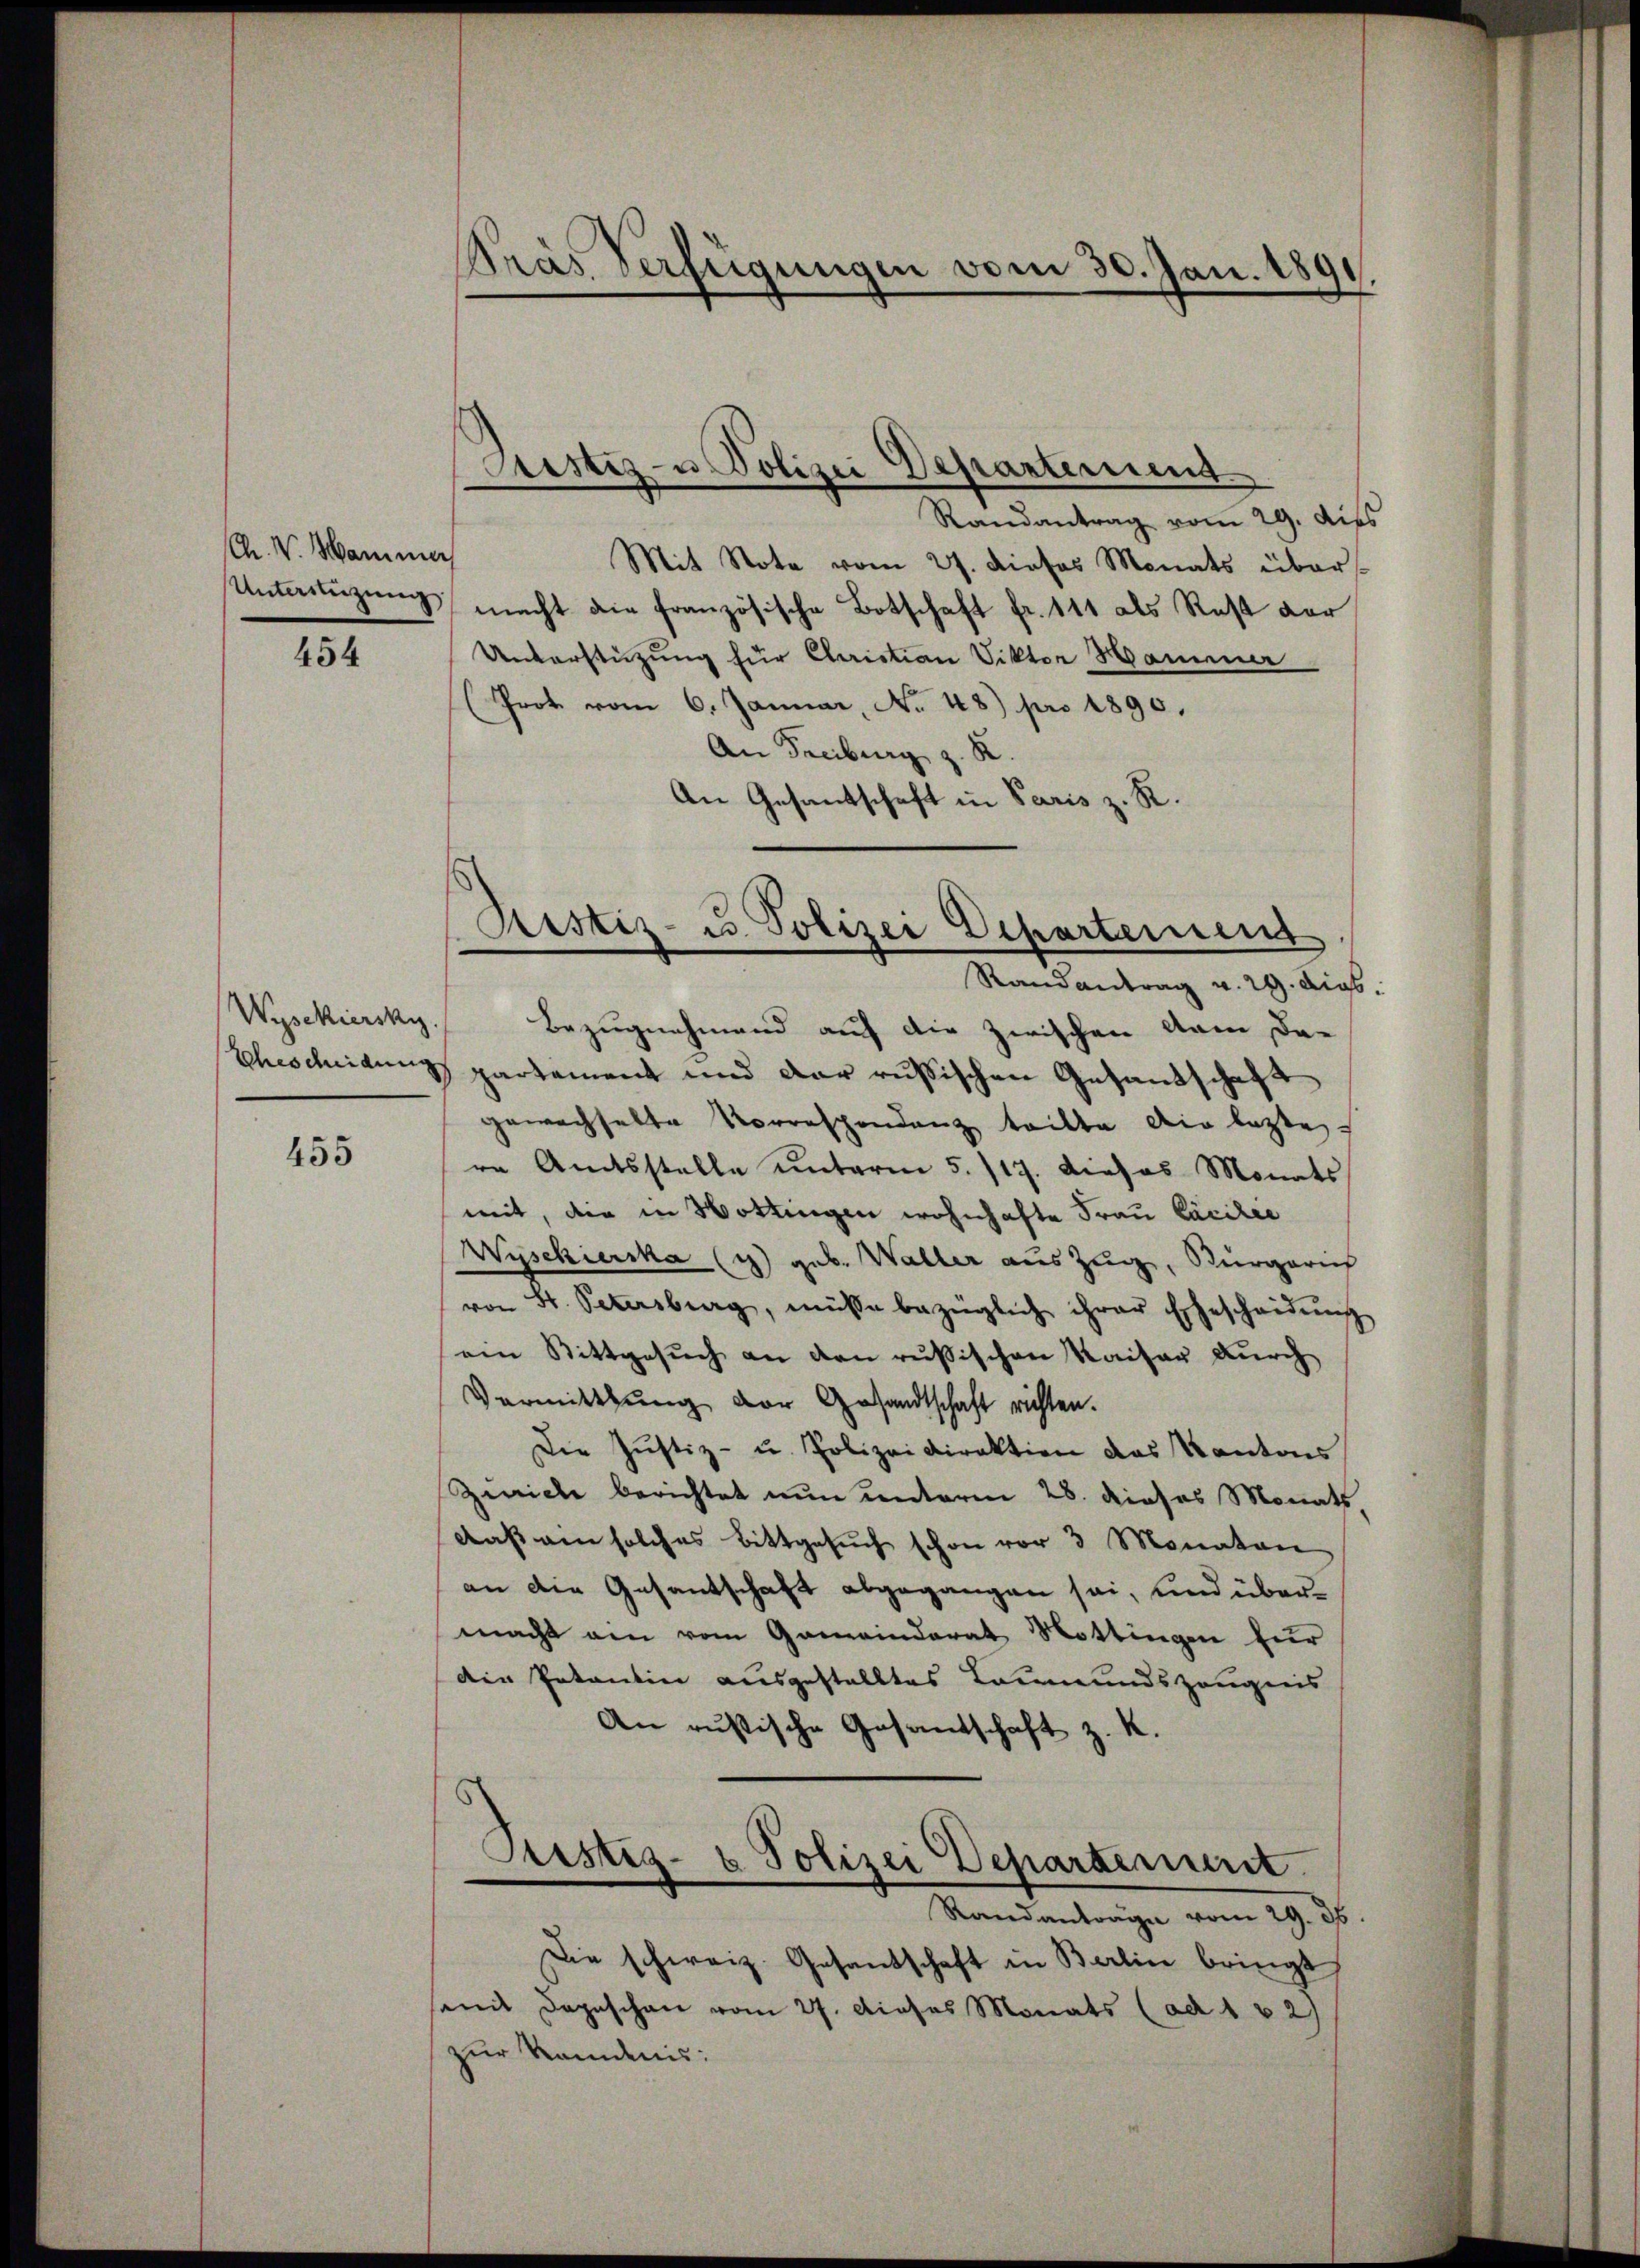
Ch. V. Hammer

454

Wysekiersky.

455

Kas Verfügungen vom 30. Jan. 1891

Randantrag vom 29. dies
Mit Note vom 27. dieses Monats über
Untüzung macht die französische Botschaft fr. 111 als Rest vor
Unterstützung für Christian Viktor Hammer
Frot vom 6. Januar, No 48) pro 1890.
An Freiburg z. K
An Gesandschaft in Paris z. R.
Randantrag v. 29. dies
Bezugnehmend auf die zwischen kam da¬
Ehescheidung partement und der russischen Gesandschaft
gewachselte Vorrespondenz teilte die lezte
re Amtsstelle unterm 5. 117. Dieses Monats
mit, die in Hottingen wohnhafte Frau Pacilie
Wyschierska (4) geb. Waller aus Zug, Burgerich
von St. Petersburg, müsse bezüglich ihrer Ehescheidŭng
ein Stittgesuch an den rußischen Kaiser durch
Vermittlung der Gesandtschaft richten.
Die Justiz- u. Polizeidirektion des Kantons
Zirich berichtet nun unterm 28. dieses Monats
daβ ein solches Bittgesŭch schon vor 3 Monaten
an die Gesandtschaft abgegangen sei, und übermacht ein vom Gemeinderat Hottingen zur
die Intantin ausgestelltes Leumundszeugnis
An russische Gesandschaft z. K.
Fristig- & Polizei Departement
Randantrage vom 29. 36
Die schweiz. Gesandschaft in Berlin bringt,
seit Depeschen vom 27. Dieses Monats (ad 1 2)
zur Kandnis:

Pustiz- u Polizei Departement

Ristiz- u. Polizei Departement